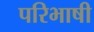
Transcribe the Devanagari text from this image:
परिभाषी